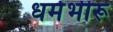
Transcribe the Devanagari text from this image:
धर्मभीरू